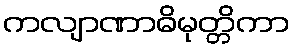
ကလျာဏာဓိမုတ္တိကာ